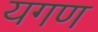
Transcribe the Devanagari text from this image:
यगण